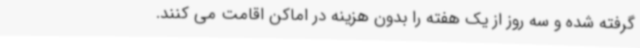
گرفته شده و سه روز از یک هفته را بدون هزینه در اماکن اقامت می کنند.